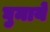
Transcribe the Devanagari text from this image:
घुमाये